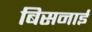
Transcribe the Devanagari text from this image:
बिसनाई